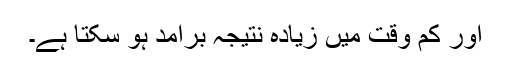
اور کم وقت میں زیادہ نتیجہ برآمد ہو سکتا ہے۔